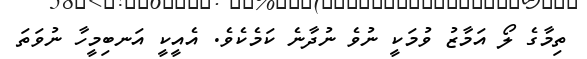
ތިމާގެ ލޯ އަމާޒު ވުމަކީ ނުވެ ނުދާނެ ކަމެކެވެ. އެއީކީ އަނބިމީހާ ނުވަތަ